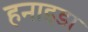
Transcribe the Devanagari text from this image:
हनाइडा